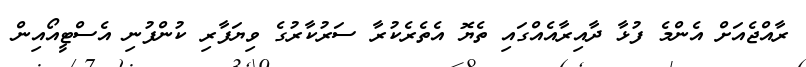
ރާއްޖެއަށް އެންމެ ފުޅާ ދާއިރާއެއްގައި ތެޔޮ އެތެރެކުރާ ސަރުކާރުގެ ވިޔަފާރި ކުންފުނި އެސްޓީއޯއިން